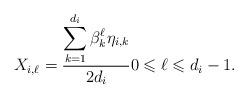
LaTeX: \begin{align*}X_{i,\ell}=\frac{\displaystyle \sum_{k=1}^{d_i} \beta_k^{\ell}\eta_{i,k}}{2d_i} 0 \leqslant \ell \leqslant d_i-1.\end{align*}